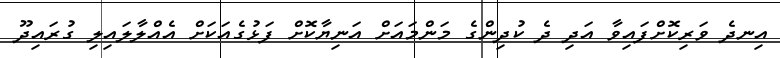
އިނދެ ވަރިކޮށްފައިވާ އަދި ދެ ކުދިންގެ މަންމައަށް އަނިޔާކޮށް ފަޅުގެއަކަށް އެއްލާލައިލި ގުރައިދޫ